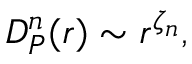
D _ { P } ^ { n } ( r ) \sim r ^ { \zeta _ { n } } ,